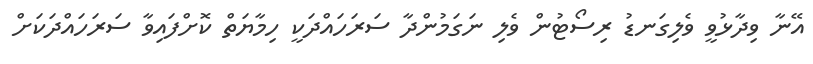
އޭނާ ވިދާޅުވީ ވެލިގަނޑު ރިސޯޓުން ވެލި ނަގަމުންދާ ސަރަހައްދަކީ ހިމާޔަތް ކޮށްފައިވާ ސަރަަހައްދަކަށް